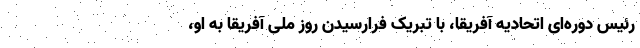
رئیس دوره‌ای اتحادیه آفریقا، با تبریک فرارسیدن روز ملی آفریقا به او،